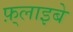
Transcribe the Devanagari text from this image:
फ़्लाइबे